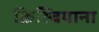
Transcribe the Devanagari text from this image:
क्रिस्चियाना